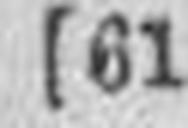
(61